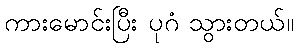
ကားမောင်းပြီး ပုဂံ သွားတယ်။